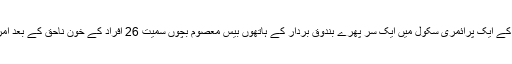
این بی سی ٹیلی وژن کی رپورٹ کے مطابق ریاست کنیٹی کٹ کے ایک پرائمری سکُول میں ایک سر پھرے بندوق بردار کے ہاتھوں بیس معصوم بچوں سمیت 26 افراد کے خُون ِناحق کے بعد امریکہ میں آتشیں اسلحے کی خریداری میں بے پناہ اضافہ ہوا ہے۔